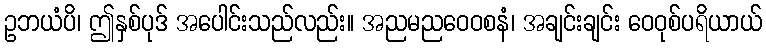
ဥဘယံပိ၊ ဤနှစ်ပုဒ် အပေါင်းသည်လည်း။ အညမညဝေဝစနံ၊ အချင်းချင်း ဝေဝုစ်ပရိယာယ်